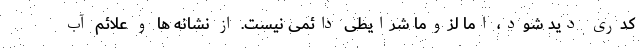
کدری دید شود، اما لزوما شرایطی دائمی نیست. از نشانه ها و علائم آب